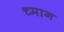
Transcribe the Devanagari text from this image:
च्माग